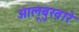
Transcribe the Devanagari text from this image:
आलूबुख़ारे